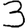
Digit: 3